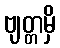
ဗျတ္တမှိ